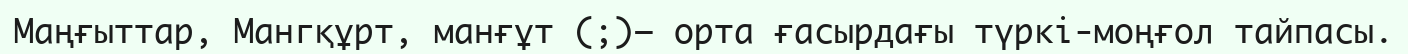
Маңғыттар, Мангқұрт, манғұт (;)— орта ғасырдағы түркі-моңғол тайпасы.